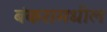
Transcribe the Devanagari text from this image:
बंकरामधील